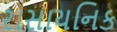
રાસાયનિક